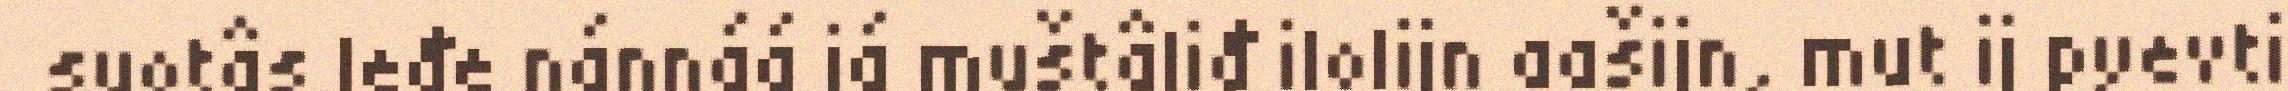
suotâs leđe nánnáá já muštâliđ ilolijn aašijn, mut ij pyevti